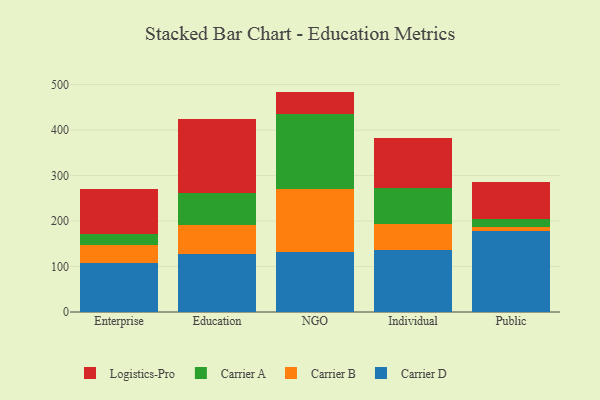
{"axis": {"x": "Segment", "y": "Temperature (°C)"}, "legend": ["Carrier A", "Carrier B", "Carrier D", "Logistics-Pro"], "data": [{"x": "Enterprise", "y": 108.7, "type": "Carrier D"}, {"x": "Enterprise", "y": 37.7, "type": "Carrier B"}, {"x": "Enterprise", "y": 25.5, "type": "Carrier A"}, {"x": "Enterprise", "y": 98.4, "type": "Logistics-Pro"}, {"x": "Education", "y": 128.4, "type": "Carrier D"}, {"x": "Education", "y": 63.8, "type": "Carrier B"}, {"x": "Education", "y": 68.5, "type": "Carrier A"}, {"x": "Education", "y": 162.9, "type": "Logistics-Pro"}, {"x": "NGO", "y": 133.0, "type": "Carrier D"}, {"x": "NGO", "y": 136.4, "type": "Carrier B"}, {"x": "NGO", "y": 166.8, "type": "Carrier A"}, {"x": "NGO", "y": 48.4, "type": "Logistics-Pro"}, {"x": "Individual", "y": 135.6, "type": "Carrier D"}, {"x": "Individual", "y": 57.6, "type": "Carrier B"}, {"x": "Individual", "y": 79.9, "type": "Carrier A"}, {"x": "Individual", "y": 109.9, "type": "Logistics-Pro"}, {"x": "Public", "y": 179.0, "type": "Carrier D"}, {"x": "Public", "y": 7.7, "type": "Carrier B"}, {"x": "Public", "y": 17.2, "type": "Carrier A"}, {"x": "Public", "y": 82.6, "type": "Logistics-Pro"}]}